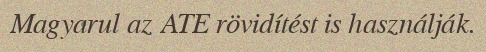
Magyarul az ATE rövidítést is használják.